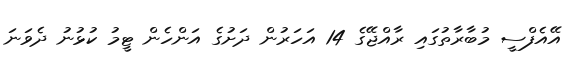
އޭއެފްސީ މުބާރާތުގައި ރާއްޖޭގެ 14 އަހަރުން ދަށުގެ އަންހެން ޓީމު ކުޅުނު ދެވަނަ